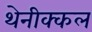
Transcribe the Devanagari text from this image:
थेनीक्कल